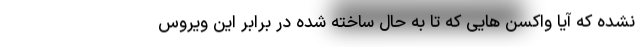
نشده که آیا واکسن هایی که تا به حال ساخته شده در برابر این ویروس